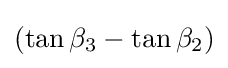
(\tan {\beta _{3}}-\tan {\beta _{2}})